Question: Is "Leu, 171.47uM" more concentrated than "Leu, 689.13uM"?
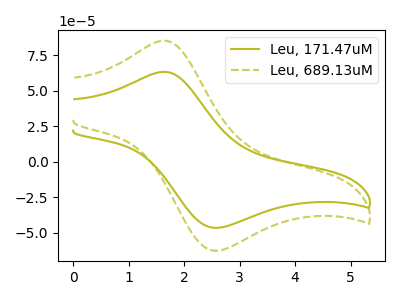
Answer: <think>The olive curve "Leu, 171.47uM" has an anodic peak at (1.65V, 63.20uA) and a cathodic peak at (2.55V, -46.40uA). The olive dashed curve "Leu, 689.13uM" has an anodic peak at (1.65V, 85.10uA) and a cathodic peak at (2.55V, -62.50uA).
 All the peaks in "Leu, 171.47uM" have a peak in "Leu, 689.13uM" at the same potential. Every peak in "Leu, 171.47uM" is lower than every peak in "Leu, 689.13uM".</think>
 <answer>"Leu, 171.47uM" has less signal than "Leu, 689.13uM" and so likely has a lower concentration.</answer>
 <eval>less_concentration</eval>